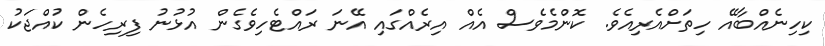
ކިހިނެއްބާއޭ ހިތަށްއެރިއެވެ. ކޮންމެވެސް އެއް އިރެއްގައި އޭނަ ރައްޓެހިވެގެން އުޅުނު ފިރިހެން ކުއްޖަކު